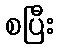
စပြီး